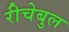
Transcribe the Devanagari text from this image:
रीचेबुल